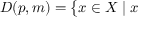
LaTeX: D ( p , m ) = { \big \{ } x \in X \mid x